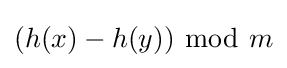
(h(x)-h(y))~{\bmod {~}}m